Problem: 8 ÷ 2 = ?
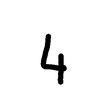
Handwritten answer: 4